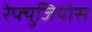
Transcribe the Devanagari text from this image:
रेफ्युजियोस